Medical and sanitary report on the native army of Bombay for the year
Year: 1878
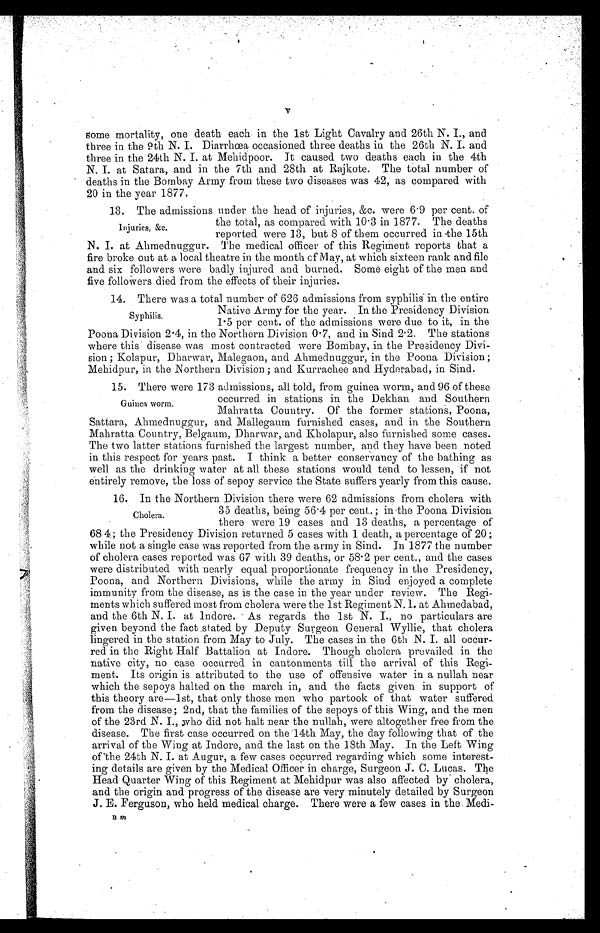
some mortality, one death each in the 1st Light Cavalry and 26th N. I., and
three in the nth N. I. Diarrhoea occasioned three deaths in the 26th N. I. and
three in the 24th N. I. at Mehidpoor. It caused two deaths each in the 4th
N. I. at Satara, and in the 7th and 28th at Rajkote. The total number of
deaths in the Bombay Army from these two diseases was 42, as compared with
20 in the year 1877.
13. The admissions under the head of injuries. &c. were 6 . 9 per cent. of
I n j u r i e s , & c .
the total, as compared with 10.3 in 1877. The deaths
reported were 13, but 8 of them occurred in the 15th
N. I. at Ahmednuggur. The medical officer of this Regiment reports that a
fire broke out at a local theatre in the month of May, at which sixteen rank and file
and six followers were badly injured and burned. Some eight of the men and
five followers died from the effects of their injuries.
14. There was a total number of 626 admissions from syphilis in the entire
Syphilis
Native Army for the year. In the Presidency Division
1.5 per cent. of the admissions were due to it, in the
Poona Division 2.4, in the Northern Division 0.7, and in Sind 2.2. The stations
where this disease was most contracted were Bombay, in the Presidency Divi-
sion ; Kolapur, Dharwar, Malegaon, and Ahmednuggur, in the Poona Division ;
Mehidpur, in the Northern Division ; and Kurrachee and Hyderabad, in Sind.
15. There were 173 admissions, all told, from guinea worm, and 96 of these
Guinea worm.
occurred in stations in the Dekhan and Southern
Mahratta Country. Of the former stations, Poona,
Sattara, Ahmednuggur, and Mallegauin furnished cases, and in the Southern
Mahratta Country, Belgaum, Dharwar, and Kholapur, also furnished sonic cases.
The two latter stations furnished the largest number, and they have been noted
in this respect for years past. I think a better conservancy of the bathing as
well as the drinking water at all these stations would tend to lessen, if not
entirely remove, the loss of sepoy service the State suffers yearly from this cause.
16. In the Northern Division there were 62 admissions from cholera with
Cholera.
35 deaths, being 56.4 per cent.; in the Poona Division
there were 19 eases and 13 deaths. a percentage of
68 4; the Presidency Division returned 5 cases with 1 death, a percentage of 20;
while not a single case was reported from the army in Sind. In 1877 the number
of cholera cases reported was 67 with 39 deaths, or 58.2 per cent., and the cases
were distributed with nearly equal proportionate frequency in the Presidency,
Poona, and Northern Divisions, while the army in Sind enjoyed a complete
immunity from the disease, as is the case in the year under review. The Regi-
ments which suffered most from cholera were the 1st Regiment N. 1. at Ahmedabad,
and the 6th N. I. at lndore. As regards the 1st I., no particulars are
given beyond the fact stated by Deputy Surgeon General Wyllie, that cholera
lingered in the station from May to July. The cases in the 6th N. I. all occur-
red in the Right Half Battalion at Indore. Though cholera prevailed in the
native city, no case occurred in cantonments till the arrival of this Regi-
ment. Its origin is attributed to the use of offensive water in a nullah near
which the sepoys halted on the march in, and the facts given in support of
this theory are—1st, that only those men who partook of that water suffered
from the disease; 2nd, that the families of the sepoys of this Wing, and the men
of the 23rd N. I., who did not halt near the nullah, were altogether free from the
disease. The first case occurred on the 14th May, the day following that of the
arrival of the Wing at Indore, and the last on the 18th May. In the Left Wing
of'the 24th N. I. at Augur, a few cases occurred regarding which sonic interest-
ing details are given by the Medical Officer in charge, Surgeon J. C. Lucas. The
Head Quarter Wing of this Regiment at Mehidpur was also affected by cholera,
and the origin and progress of the disease are very minutely detailed by Surgeon
J. E. Ferguson, who held medical charge. There were a few cases in the Medi-
urn